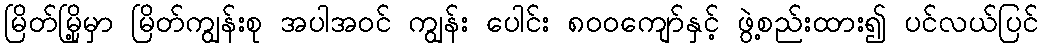
မြိတ်မြို့မှာ မြိတ်ကျွန်းစု အပါအဝင် ကျွန်း ပေါင်း ၈၀၀ကျော်နှင့် ဖွဲ့စည်းထား၍ ပင်လယ်ပြင်